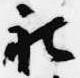
被